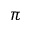
\pi